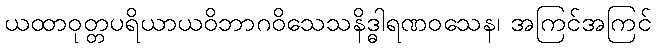
ယထာဝုတ္တပရိယာယဝိဘာဂဝိသေသနိဒ္ဓါရဏဝသေန၊ အကြင်အကြင်